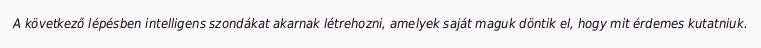
A következő lépésben intelligens szondákat akarnak létrehozni, amelyek saját maguk döntik el, hogy mit érdemes kutatniuk.